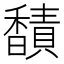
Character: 𫘁